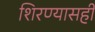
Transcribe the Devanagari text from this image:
शिरण्यासही